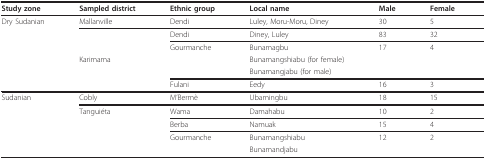
<table><thead><tr><td><b>Study zone</b></td><td><b>Sampled district</b></td><td><b>Ethnic group</b></td><td><b>Local name</b></td><td><b>Male</b></td><td><b>Female</b></td></tr></thead><tbody><tr><td>Dry Sudanian</td><td>Mallanville</td><td>Dendi</td><td>Luley, Moru-Moru, Diney</td><td>30</td><td>5</td></tr><tr><td>[EMPTY_CELL]</td><td>[EMPTY_CELL]</td><td>Dendi</td><td>Diney, Luley</td><td>83</td><td>32</td></tr><tr><td>[EMPTY_CELL]</td><td>[EMPTY_CELL]</td><td>Gourmanche</td><td>Bunamagbu</td><td>17</td><td>4</td></tr><tr><td>[EMPTY_CELL]</td><td>Karimama</td><td>[EMPTY_CELL]</td><td>Bunamangshiabu (for female)</td><td>[EMPTY_CELL]</td><td>[EMPTY_CELL]</td></tr><tr><td>[EMPTY_CELL]</td><td>[EMPTY_CELL]</td><td>[EMPTY_CELL]</td><td>Bunamangjabu (for male)</td><td>[EMPTY_CELL]</td><td>[EMPTY_CELL]</td></tr><tr><td>[EMPTY_CELL]</td><td>[EMPTY_CELL]</td><td>Fulani</td><td>Eedy</td><td>16</td><td>3</td></tr><tr><td>Sudanian</td><td>Cobly</td><td>M'Bermè</td><td>Ubamingbu</td><td>18</td><td>15</td></tr><tr><td>[EMPTY_CELL]</td><td>Tanguiéta</td><td>Wama</td><td>Damahabu</td><td>10</td><td>2</td></tr><tr><td>[EMPTY_CELL]</td><td>[EMPTY_CELL]</td><td>Berba</td><td>Namuak</td><td>15</td><td>4</td></tr><tr><td>[EMPTY_CELL]</td><td>[EMPTY_CELL]</td><td>Gourmanche</td><td>Bunamangshiabu</td><td>12</td><td>2</td></tr><tr><td>[EMPTY_CELL]</td><td>[EMPTY_CELL]</td><td>[EMPTY_CELL]</td><td>Bunamandjabu</td><td>[EMPTY_CELL]</td><td>[EMPTY_CELL]</td></tr></tbody></table>